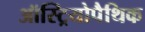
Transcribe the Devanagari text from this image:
ऑस्ट्रियोपैथिक